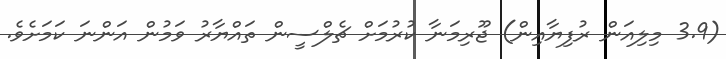
(3.9 މިލިއަން ރުފިޔާއިން) ޖޫރިމަނާ ކުރުމަށް ޗެލްސީން ތައްޔާރު ވަމުން އަންނަ ކަމަށެވެ.